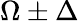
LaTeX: \Omega\pm\Delta